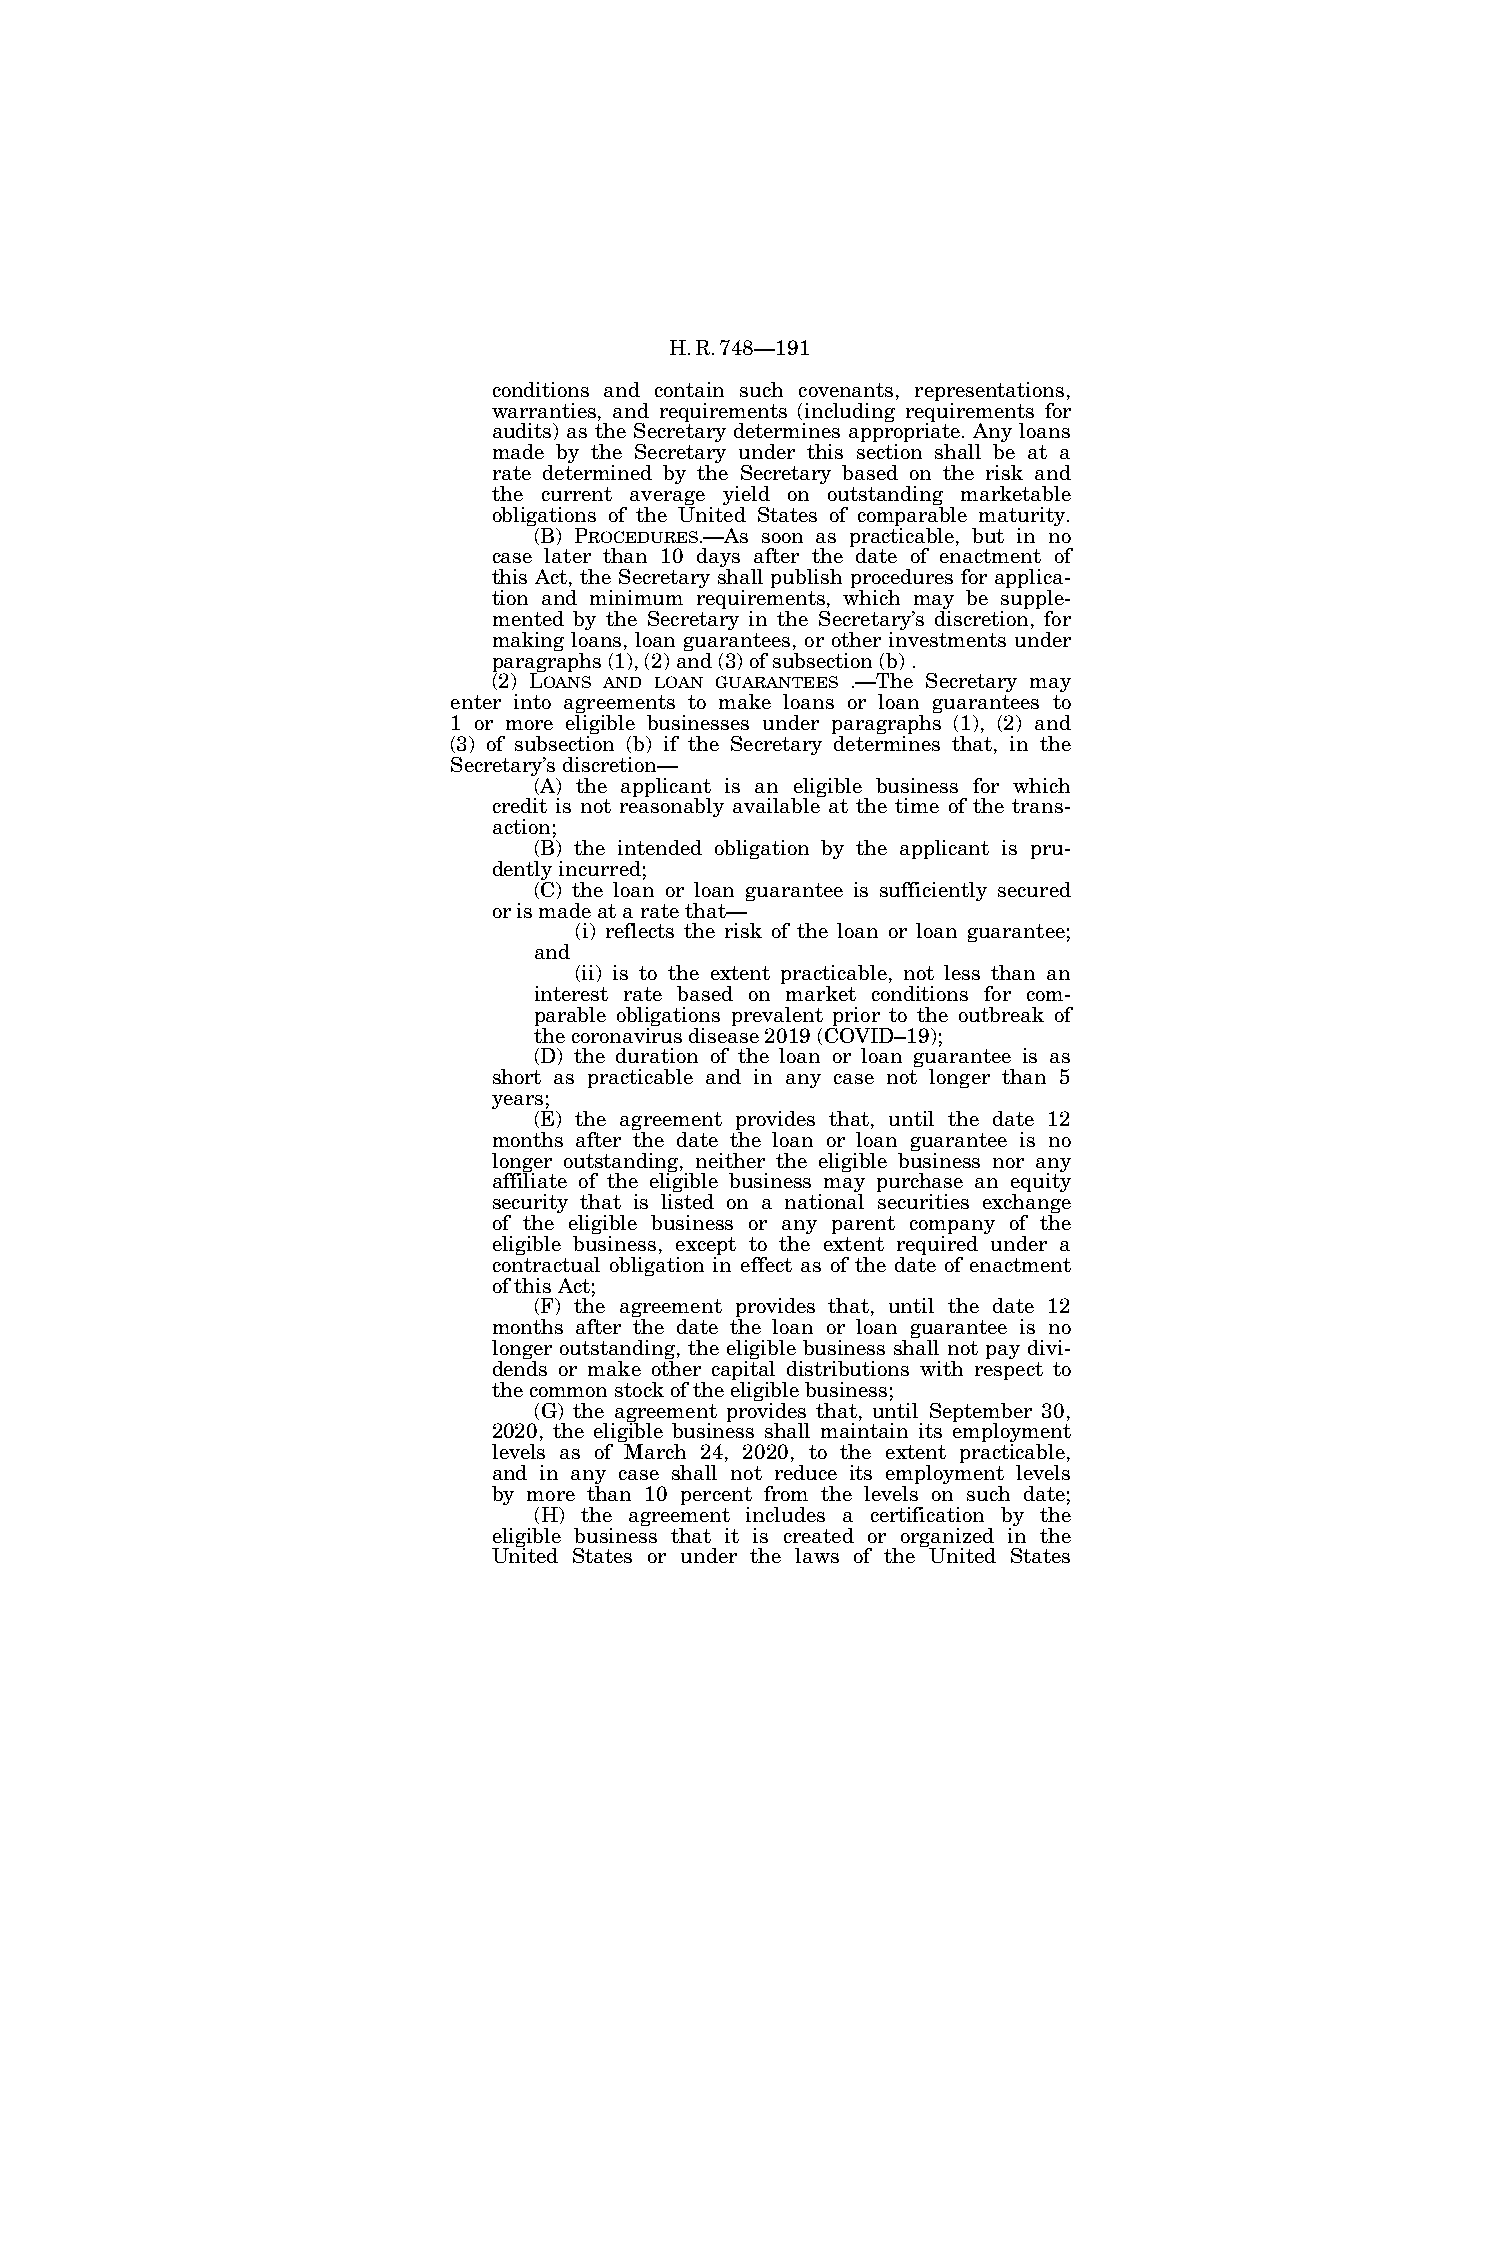
H.R.748—191
 conditions and contain such covenants, representations,
 warranties, and requirements (including requirements for
 audits) as the Secretary determines appropriate. Any loans
 made by the Secretary under this section shall be at a
 rate determined by the Secretary based on the risk and
 the current average yield on outstanding marketable
 obligations of the United States of comparable maturity.
 (B) PROCEDURES.—As soon as practicable, but in no
 case later than 10 days after the date of enactment of
 this Act, the Secretary shall publish procedures for applica-
 tion and minimum requirements, which may be supple-
 mented by the Secretary in the Secretary’s discretion, for
 making loans, loan guarantees, or other investments under
 paragraphs (1), (2) and (3) of subsection (b) .
 (2) LOANS AND LOAN GUARANTEES .—The Secretary may
 enter into agreements to make loans or loan guarantees to
 1 or more eligible businesses under paragraphs (1), (2) and
 (3) of subsection (b) if the Secretary determines that, in the
 Secretary’s discretion—
 (A) the applicant is an eligible business for which
 credit is not reasonably available at the time of the trans-
 action;
 (B) the intended obligation by the applicant is pru-
 dently incurred;
 (C) the loan or loan guarantee is sufficiently secured
 or is made at a rate that—
 (i) reflects the risk of the loan or loan guarantee;
 and
 (ii) is to the extent practicable, not less than an
 interest rate based on market conditions for com-
 parable obligations prevalent prior to the outbreak of
 the coronavirus disease 2019 (COVID–19);
 (D) the duration of the loan or loan guarantee is as
 short as practicable and in any case not longer than 5
 years;
 (E) the agreement provides that, until the date 12
 months after the date the loan or loan guarantee is no
 longer outstanding, neither the eligible business nor any
 affiliate of the eligible business may purchase an equity
 security that is listed on a national securities exchange
 of the eligible business or any parent company of the
 eligible business, except to the extent required under a
 contractual obligation in effect as of the date of enactment
 of this Act;
 (F) the agreement provides that, until the date 12
 months after the date the loan or loan guarantee is no
 longer outstanding, the eligible business shall not pay divi-
 dends or make other capital distributions with respect to
 the common stock of the eligible business;
 (G) the agreement provides that, until September 30,
 2020, the eligible business shall maintain its employment
 levels as of March 24, 2020, to the extent practicable,
 and in any case shall not reduce its employment levels
 by more than 10 percent from the levels on such date;
 (H) the agreement includes a certification by the
 eligible business that it is created or organized in the
 United States or under the laws of the United States